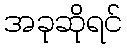
အခုဆိုရင်